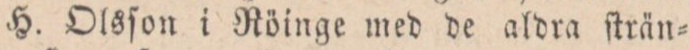
H. Olsſon i Röinge med de aldra ſträn-